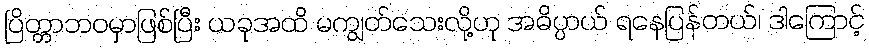
ပြိတ္တာဘဝမှာဖြစ်ပြီး ယခုအထိ မကျွတ်သေးလို့ဟု အဓိပ္ပာယ် ရနေပြန်တယ်၊ ဒါကြောင့်